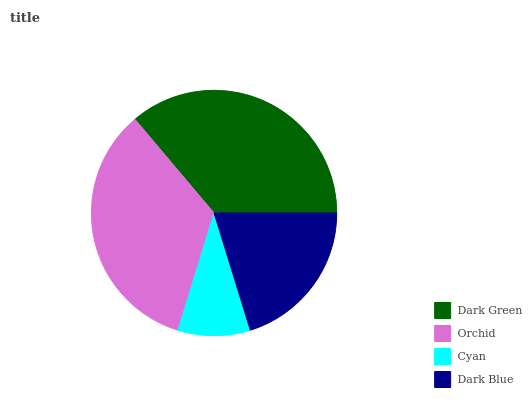
| Dark Green | Orchid | Cyan | Dark Blue |
 | --- | --- | --- | --- |
 | 36.2% | 34.1% | 9.53% | 20.2% |